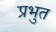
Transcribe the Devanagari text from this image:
प्रभुत